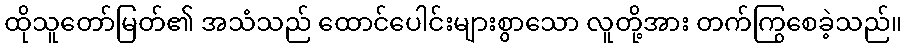
ထိုသူတော်မြတ်၏ အသံသည် ထောင်ပေါင်းများစွာသော လူတို့အား တက်ကြွစေခဲ့သည်။